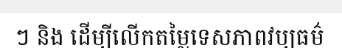
ៗ និង ដើម្បីលើកតម្លៃទេសភាពវប្បធម៌